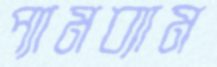
প্যামব্যাম